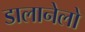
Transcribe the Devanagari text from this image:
डालानेलो